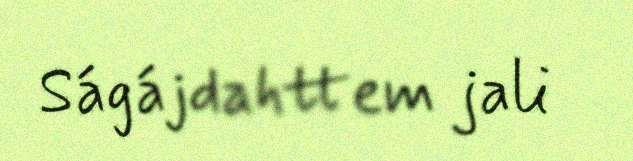
Ságájdahttem jali